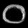
Digit: ၀